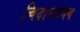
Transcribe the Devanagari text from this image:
चिदानंदमय